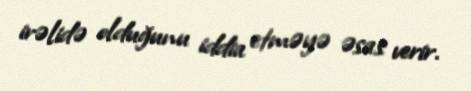
irəlidə olduğunu iddia etməyə əsas verir.